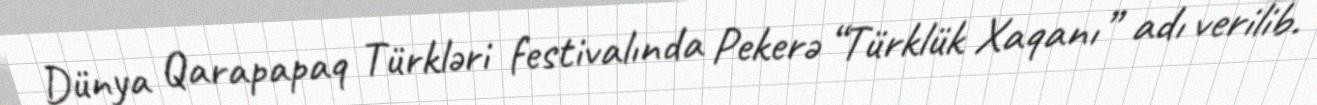
Dünya Qarapapaq Türkləri festivalında Pekerə “Türklük Xaqanı” adı verilib.